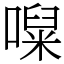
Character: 㘀